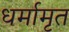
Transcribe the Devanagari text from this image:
धर्मामृत